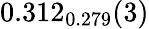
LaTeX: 0.312_{0.279}(3)